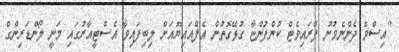
"އިސްވެ ދެންނެވުނު ޕްރައިވެޓް ކުންފުންޏާ ގުޅޭގޮތުން އެފްއައިޔޫއަށް ލިބިފައިވާ އެސްޓީއާރުގައި މަނީ ލޯންޑަރިންގް